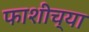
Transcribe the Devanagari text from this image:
फाशीच्या